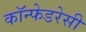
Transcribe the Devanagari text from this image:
कॉन्फेडरेसी